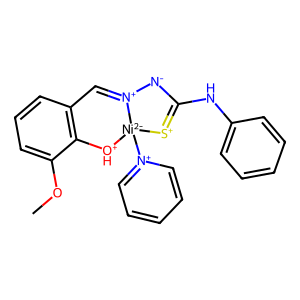
SMILES: COc1cccc2c1[OH+][Ni-2]1([n+]3ccccc3)[S+]=C(Nc3ccccc3)[N-][N+]1=C2
Inhibits HIV replication: No